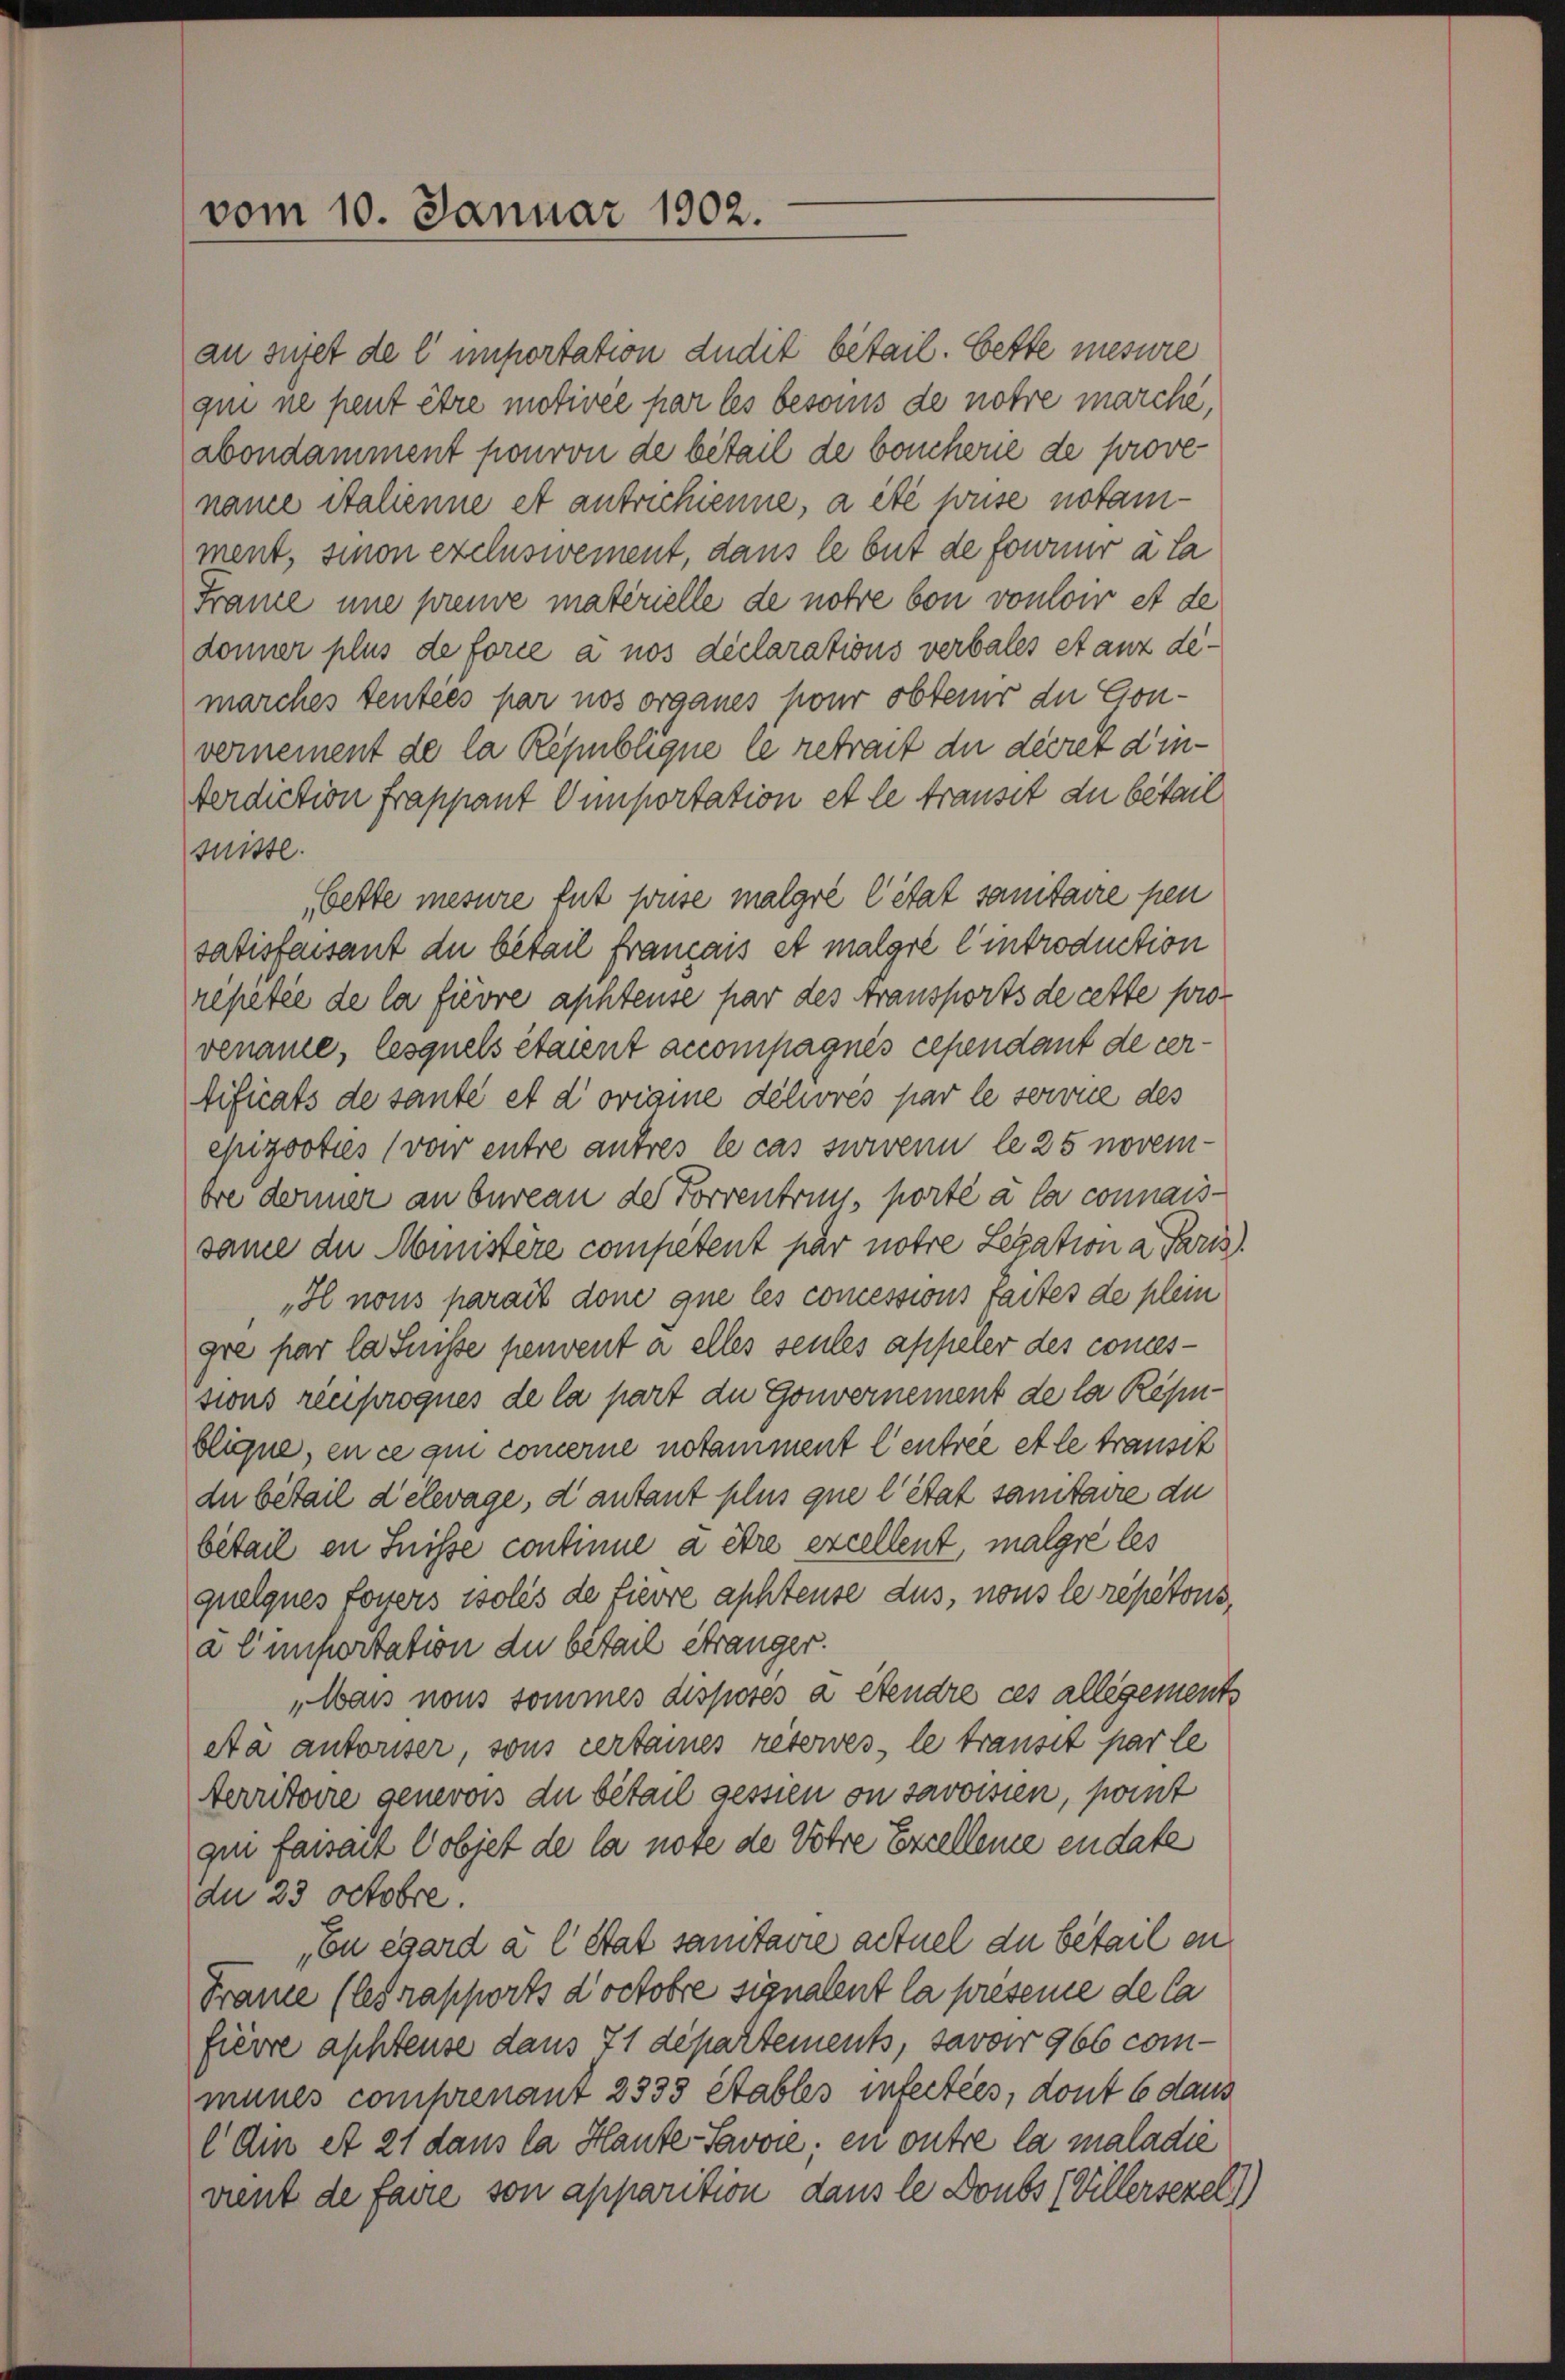
vom 10. Januar 1902.

au sujet de l' unportation dudit betail. Cette mesure
qui ne peut être motivée par les besonis de notre marche,
abondamment pouron de betail de boucherie de provenaue italienne et antrichienne, a été pouse notamment, sinon exelnswement, dans le but de fornir à la
Fraue une preuve materielle de notre von vonloir et de
donner plus de force à nos declarations verbales stanz demarches tenties par nos organes pour obtenur die Gonvernement de la République le retrait du decret d’in-
terdiction frappant Oemportation et le transit du bétail
ittl.
bette mesure tut pouse malgré l’état sanitaire pen
satisfaisant du betail français et malgre Eintroduction
repetie de la fievre aphteuse par des Aransports de cette provenaue, lesquels étaient accompagnés cependant de vertificats de sante et d’orianne délivrés par le sowie des
epizooties (von entre autres le cas survenu le 25 novembre donner an bureau der Forrentrug, porté à la connais-
same die Ministère competent par notre Legation a Paris
„H nous parait done que les comessions faites de plein
gre par la Suisse peuvent à elles seules appeler des comessions reciproques de la part du Gouvernement de la République, en ce qui concerne notamment Centrée et le transit
du bétail delevage, d’autant plus que l’état sanitaire du
bétail in Suisse continue à être excellent, malgre les
quelques Louers isolés de fievre aphteuse dus, nous le répétons,
a Eimportation du bétail Stranger.
„Wars nous sommes disposés a étendre ces allegements
Aà autoriser, sons certaines réserves, le transit par le
Aerritoire genevois du bétail gessen on savoisien, port
gin faisait Cobjet de la note de Votre Excellence endate
du 23 Octobre.
Eu égard a l Stat sanitaire actuel du bétail an
Frane (les rapports doctobre signalent la présence de la
fierre aphteuse dans 71 departements, Javar 966 communes comprenant 2333 Stables infectées, dont 6 daus
l Am et 21 dans la Haute-Savvie, en outre la maladie
vient de faire son apparition dans le Doubs (Villersezel